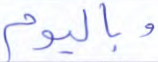
وباليوم